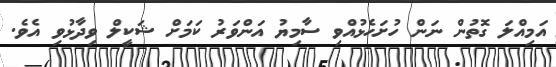
އަމިއްލަ ގޮތުން ނަން ހުށަހެޅުއްވި ސާމިޔު އަންވަރު ކަމަށް ޝަކީލް ވިދާޅުވި އެވެ.